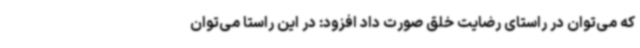
که می‌توان در راستای رضایت خلق صورت داد افزود: در این راستا می‌توان